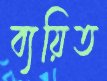
ব্যয়িত